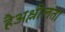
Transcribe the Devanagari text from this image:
हैअश्लीलता